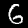
Label: 6